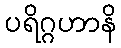
ပရိဂ္ဂဟာနိ